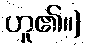
ဟူ၏။)